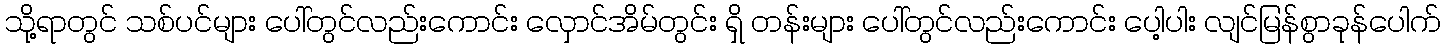
သို့ရာတွင် သစ်ပင်များ ပေါ်တွင်လည်းကောင်း လှောင်အိမ်တွင်း ရှိ တန်းများ ပေါ်တွင်လည်းကောင်း ပေါ့ပါး လျင်မြန်စွာခုန်ပေါက်